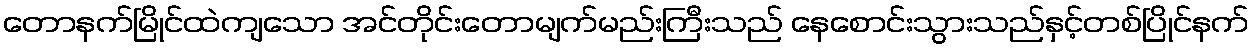
တောနက်မြိုင်ထဲကျသော အင်တိုင်းတောမျက်မည်းကြီးသည် နေစောင်းသွားသည်နှင့်တစ်ပြိုင်နက်